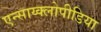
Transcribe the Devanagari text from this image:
एन्साय्क्लोपीडिया